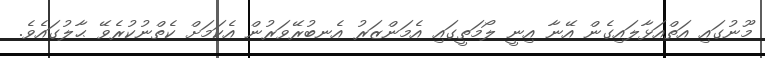
މޫނުގައި އަތްއަޅާލައިގެން އޭނާ އިނީ ލޯމަތީގައި އެމަންޒަރު އެނބުރޭވަރުން އެކަމަށް ކެތްނުކުރެވޭ ޙާލުގައެވެ.